Tartu_Kolgata_baptistikogudus, lk 85
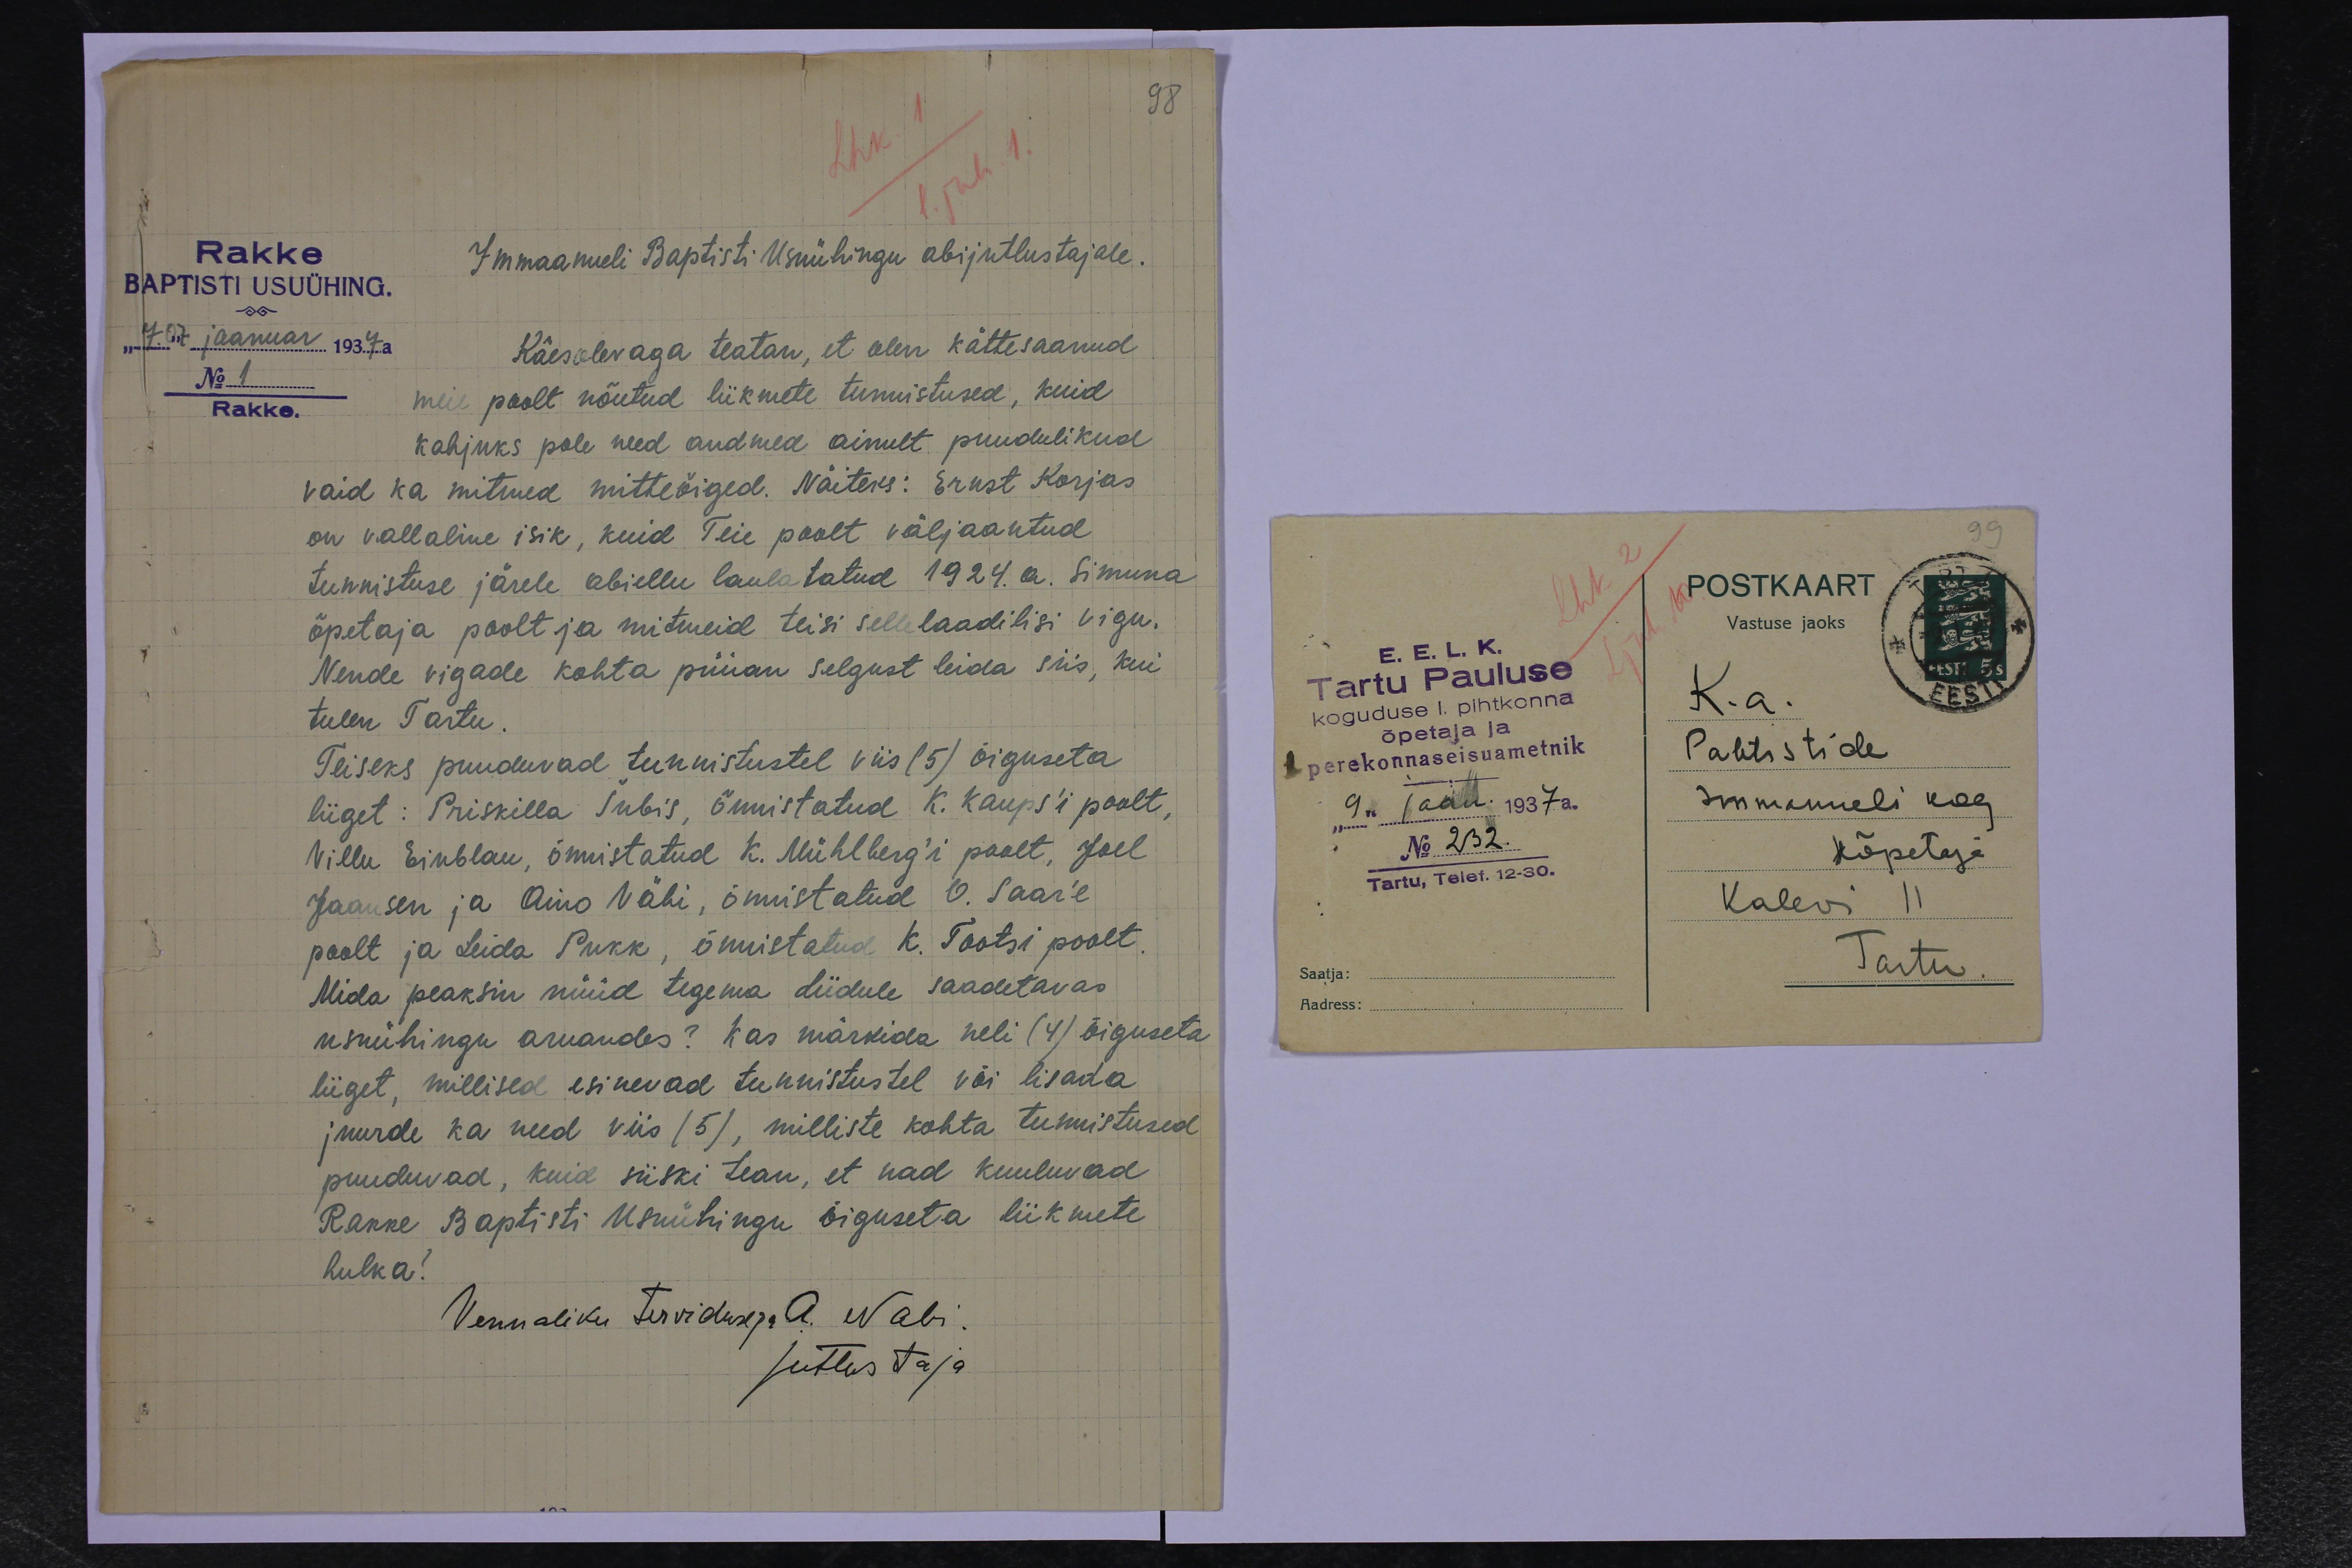
98
Rakke
Immaanueli Baptisti Usuühingu abijutlustajale.
BAPTISTI USUÜHING.
"7." 07 jaanuar 1937. a.
Käesolevaga teatan, et olen kättesaanud
No 1
Rakke.
meie poolt nõutud liikmete tunnistused, kuid
kahjuks pole need andmed ainult puudulikud
vaid ka mitmed mitteõiged. Näiteks: Ernst Korjas
on vallaline isik, kuid Teie poolt väljaantud
tunnistuse järele abiellu laulatatud 1924. a. Simuna
õpetaja poolt ja mitmeid teisi sellelaadilisi vigu.
Nende vigade kohta püüan selgust leida siis, kui
tulen Tartu.
Teiseks puuduvad tunnistustel viis (5) õiguseta
liiget: Priskilla Šubis, õnnistatud K. Kaups'i poolt,
Villu Einblau, õnnistatud K. Mühlberg'i poolt, Joel
Jaansen ja Aino Vähi, õnnistatud O. Saar'e
poolt ja Leida Pukk, õnnistatud K. Tootsi poolt.
Mida peaksin nüüd tegema Liidule saadetavas
usuühingu aruandes? Kas märkida neli (4) õiguseta
liiget, millised esinevad tunnistustel või lisada.
juurde ka need viis (5), milliste kohta tunnistused
puuduvad, kuid siiski tean, et nad kuuluvad
Rakke Baptisti usuühingu õiguseta liikmete
hulka.
Vennaliku Tervidusega A. Nabi.
jutlustaja

99
POSTKAART
Vastuse jaoks
E. E. L. K.
Tartu Pauluse
koguduse I. pihtkonna
K. a.
õpetaja ja
perekonnaseisuametnik
Pabtistide
"9" jaan. 1937 a.
Immanueli kog.
No 232.
õpetaja
Tartu, Telef. 12-30.
Kalevi 11
Saatja:
Tartu
Aadress: